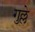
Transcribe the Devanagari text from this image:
गुल्ले